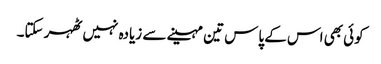
کوئی بھی اس کے پاس تین مہینے سے زیادہ نہیں ٹھہر سکتا۔